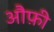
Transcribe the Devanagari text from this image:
औफ़ी